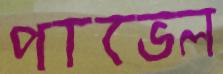
পাভেল